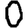
Digit: 0